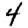
Digit: 4